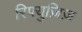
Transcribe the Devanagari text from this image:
रिफ्युज़िज़